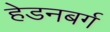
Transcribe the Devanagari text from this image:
हेडनबर्ग